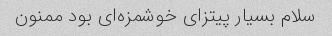
سلام بسیار پیتزای خوشمزه‌ای بود ممنون